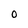
Character: O